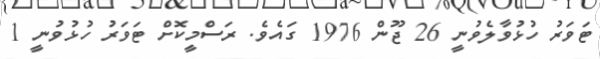
ޓަވަރު ހުޅުވާލެވުނީ 26 ޖޫން 1976 ގައެވެ. ރަސްމީކޮށް ޓަވަރު ހުޅުވުނީ 1